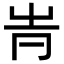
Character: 𡴊